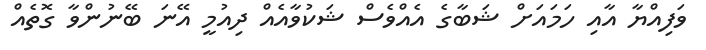
ވަފިއްޔާ އާއި ހަމައަށް ޝަބާގެ އެއްވެސް ޝަކުވާއެއް ދިއުމީ އޭނަ ބޭނުންވާ ގޮތެއް